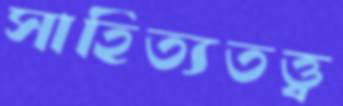
সাহিত্যতত্ত্ব